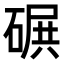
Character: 𥔤